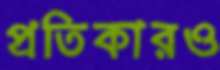
প্রতিকারও